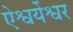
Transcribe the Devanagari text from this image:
ऐश्वर्येश्वर